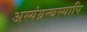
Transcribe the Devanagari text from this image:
अस्यंग्रन्थस्यापि